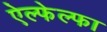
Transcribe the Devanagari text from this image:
ऐल्फेल्फा